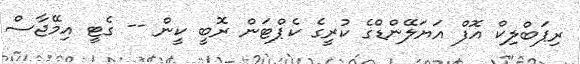
ރިޕަބްލިކް އޮފް އަޔަލޭންޑްގެ ކުރީގެ ކެޕްޓަން ރޮބީ ކީން -- ގެޓީ އިމޭޖާސް